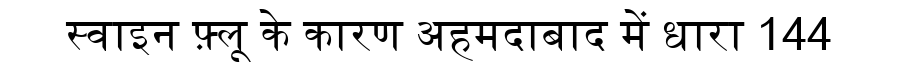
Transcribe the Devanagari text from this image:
स्वाइन फ़्लू के कारण अहमदाबाद में धारा 144